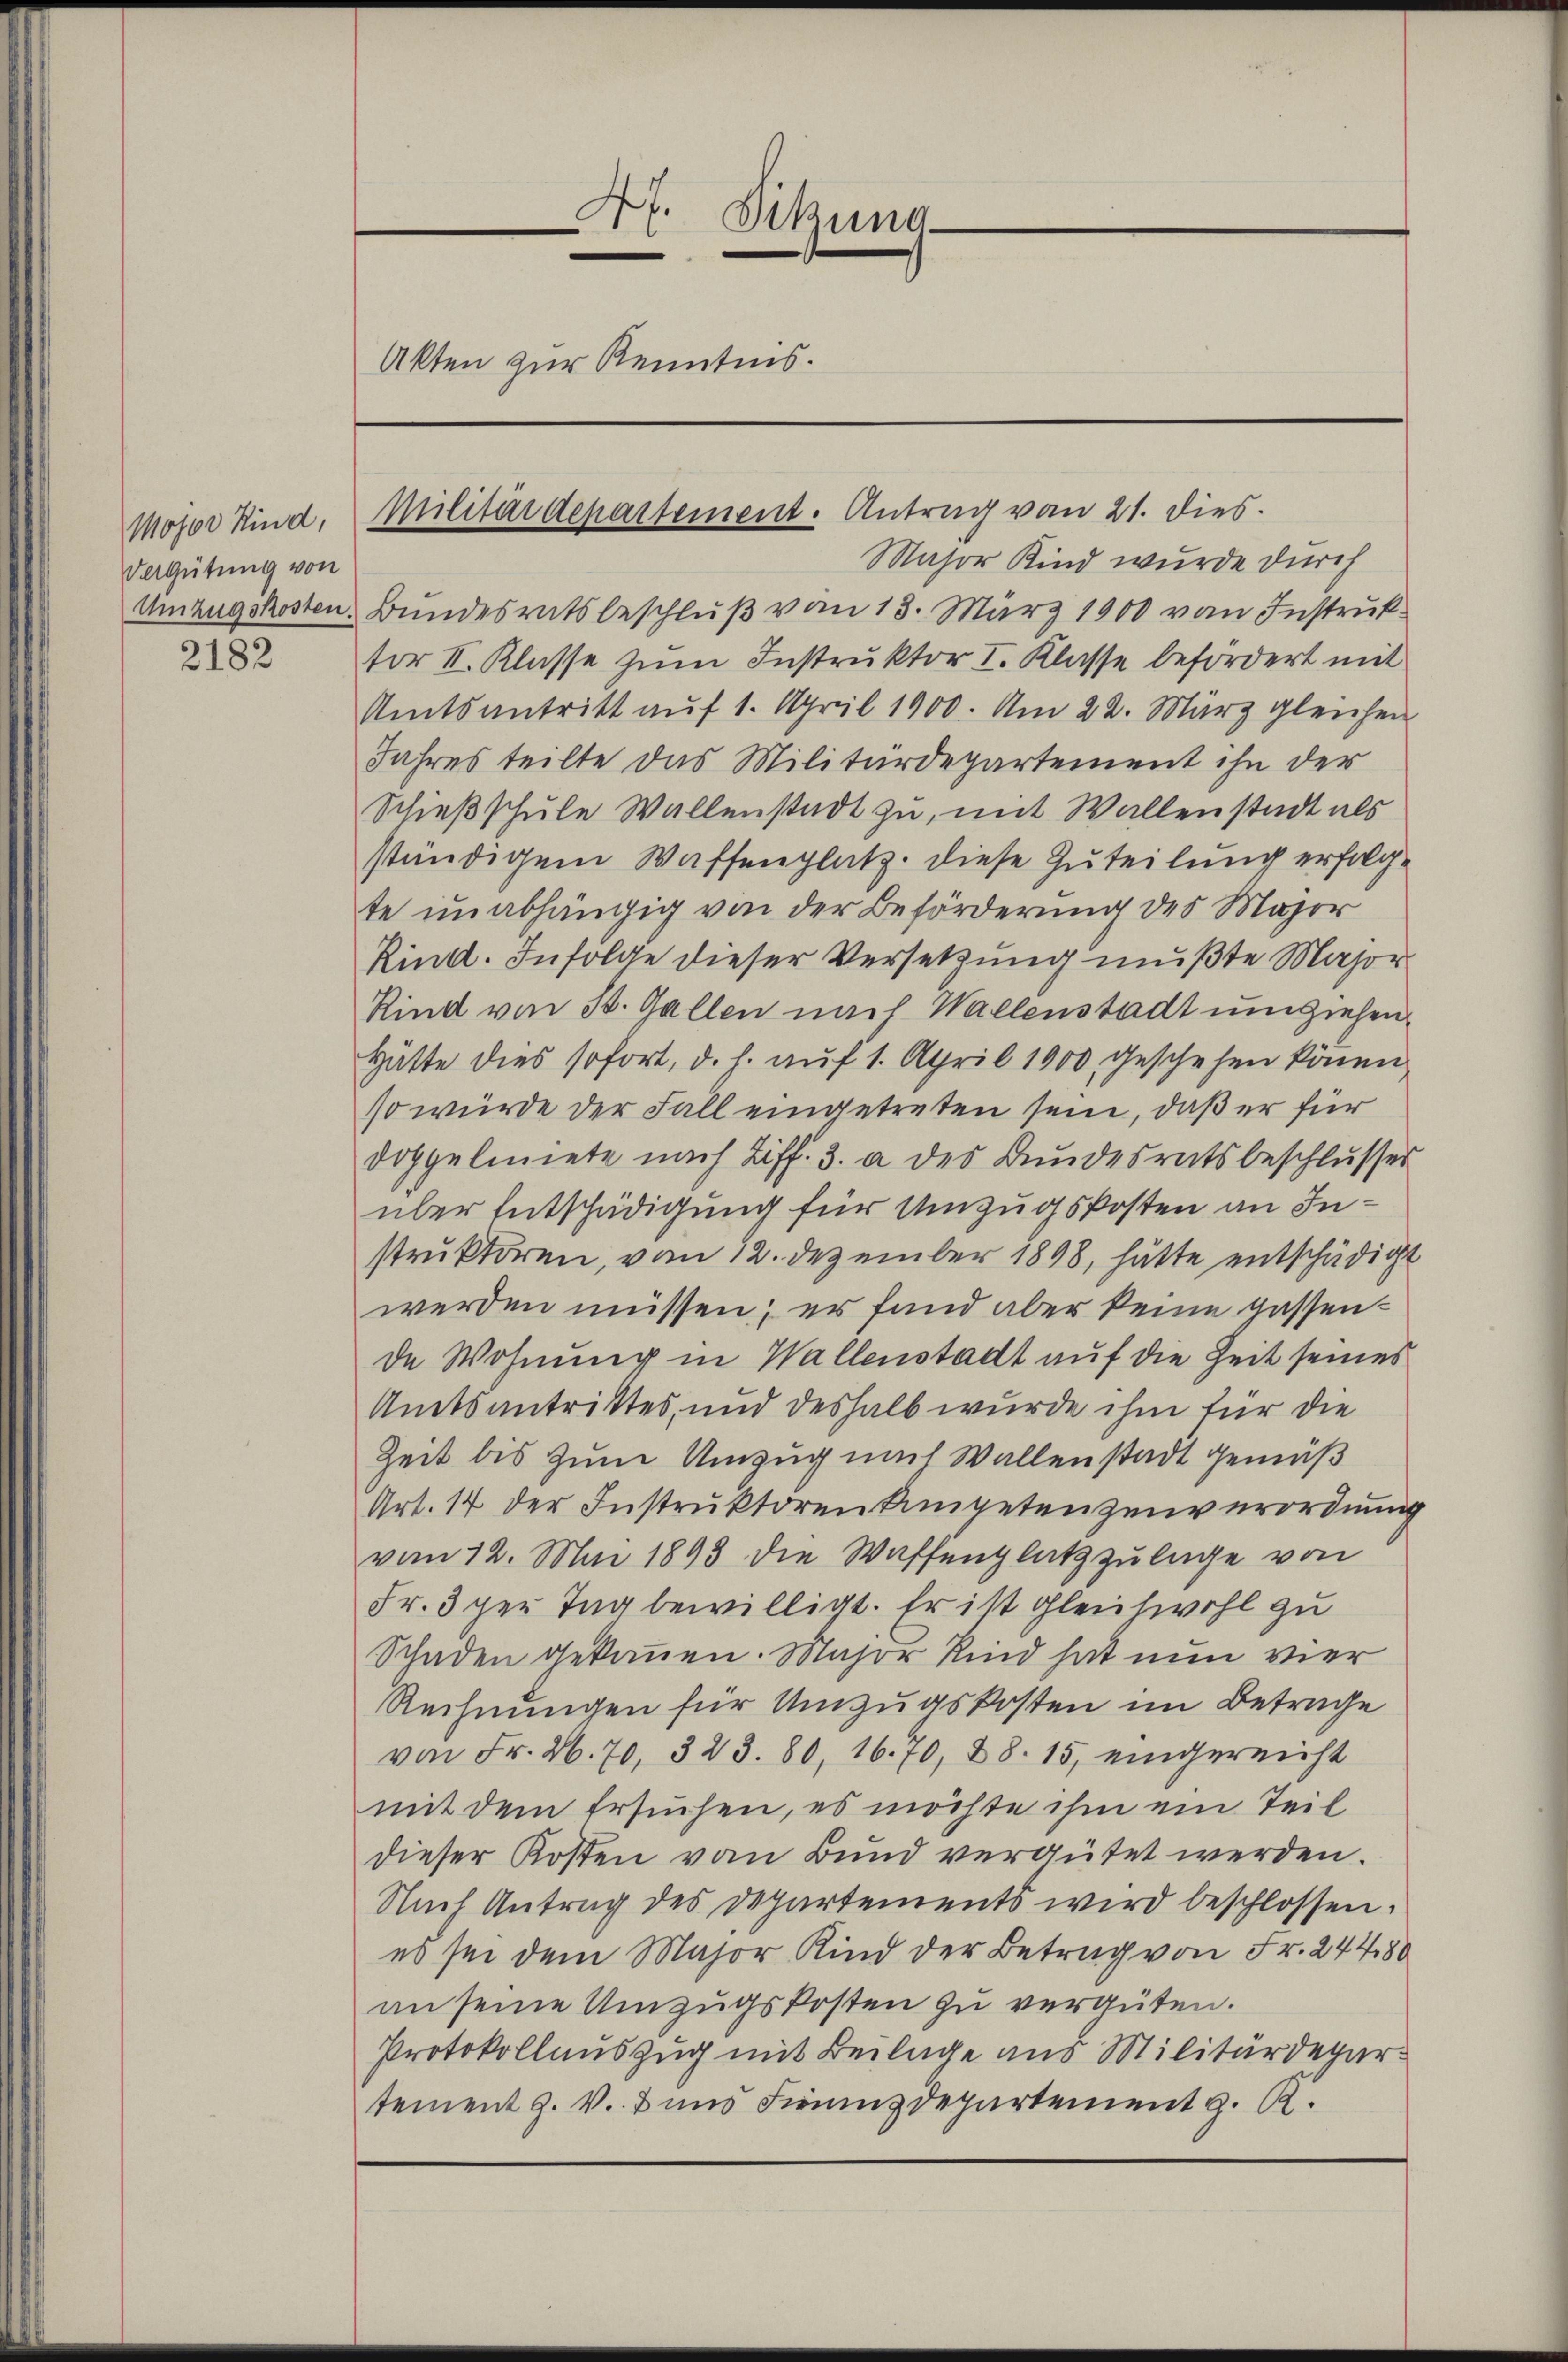
Mojor Kind,
Vergütung von
Umzugskosten.

2182

C
At. Sitzung
Akten zur Kenntnis.

Militärdepartement. Antrag vom 21. dies

Major Kind wurde durch
Bundesratsbeschluß vom 13. März 1900 von Instruktor II. Klasse zum Instruktor I. Klasse befördert mit
Amtsantritt auf 1. April 1900. Am 22. März gleichen
Jahres teilte das Militärdepartement ihn der
Schießschule Wallenstadt zu, mit Wallenstadt als
ständigem Waffenplatz. Diese Zuteilung erfolgte unabhängig von der Beförderung des Major
Rind. Infolge dieser Versetzung mußte Major
Kind von 30. Gallen nach Wallenstadt umziehen
Hätte dies sofort, d. h. aŭf 1. April 1900 geschehen können.
so würde der Fall eingetreten sein, daß er für
doppeliniete nach Ziff. 3. a des Bundesratsbeschlusser
über Entschädigung für Umzugskosten an Instruktoren, vom 12. Dezember 1898, hätte entschädigt
werden müssen; er fand aber keine passende Wohnung in Wallenstadt auf die Zeit seines
Amtsantrittes, und deshalb wurde ihm für die
Zeit bis zum Umzug nach Wallenstadt gemäß
Art. 17 der Instruktoren Ampetenzeuverordnung
vom 12. Mai 1893 die Waffenplatz zulage von
Fr. 3 per Tag bewilligt. Er ist gleichwohl zu
Schaden gekommen. Major Kind hat nun vier
Rechnungen für Umzugskosten im Betrage
von Fr. 26. 70. 323. 80, 1670, 88. 15, eingereicht
mit dem Ersuchen, es möchte ihm ein Teil
dieser Kosten vom Bund vergütet werden.
Nach Antrag des Departements wird beschlossen:
es sei dem Major Kind der Betrag von Fr. 24480
an seine Umzugskosten zu vergüten.
Protokollauszug mit Beilage aus Militärdepartement J. V. 3 und Firninzdepartement z. R.